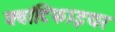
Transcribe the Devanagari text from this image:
क्वांटिफाइयर